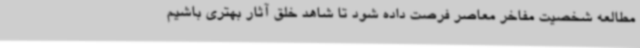
مطالعه شخصیت مفاخر معاصر فرصت داده شود تا شاهد خلق آثار بهتری باشیم